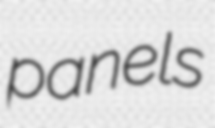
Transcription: panels